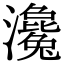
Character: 瀺